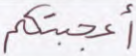
أعجبتكم